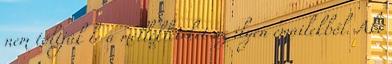
nem töltjük le a mellékleteket az ilyen emailekből. Aki